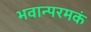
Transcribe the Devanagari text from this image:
भवान्परमकं